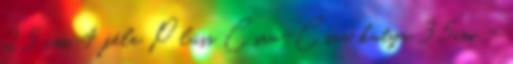
25 cm, 4 féle Plüss Csau-Csau kutya 35cm -